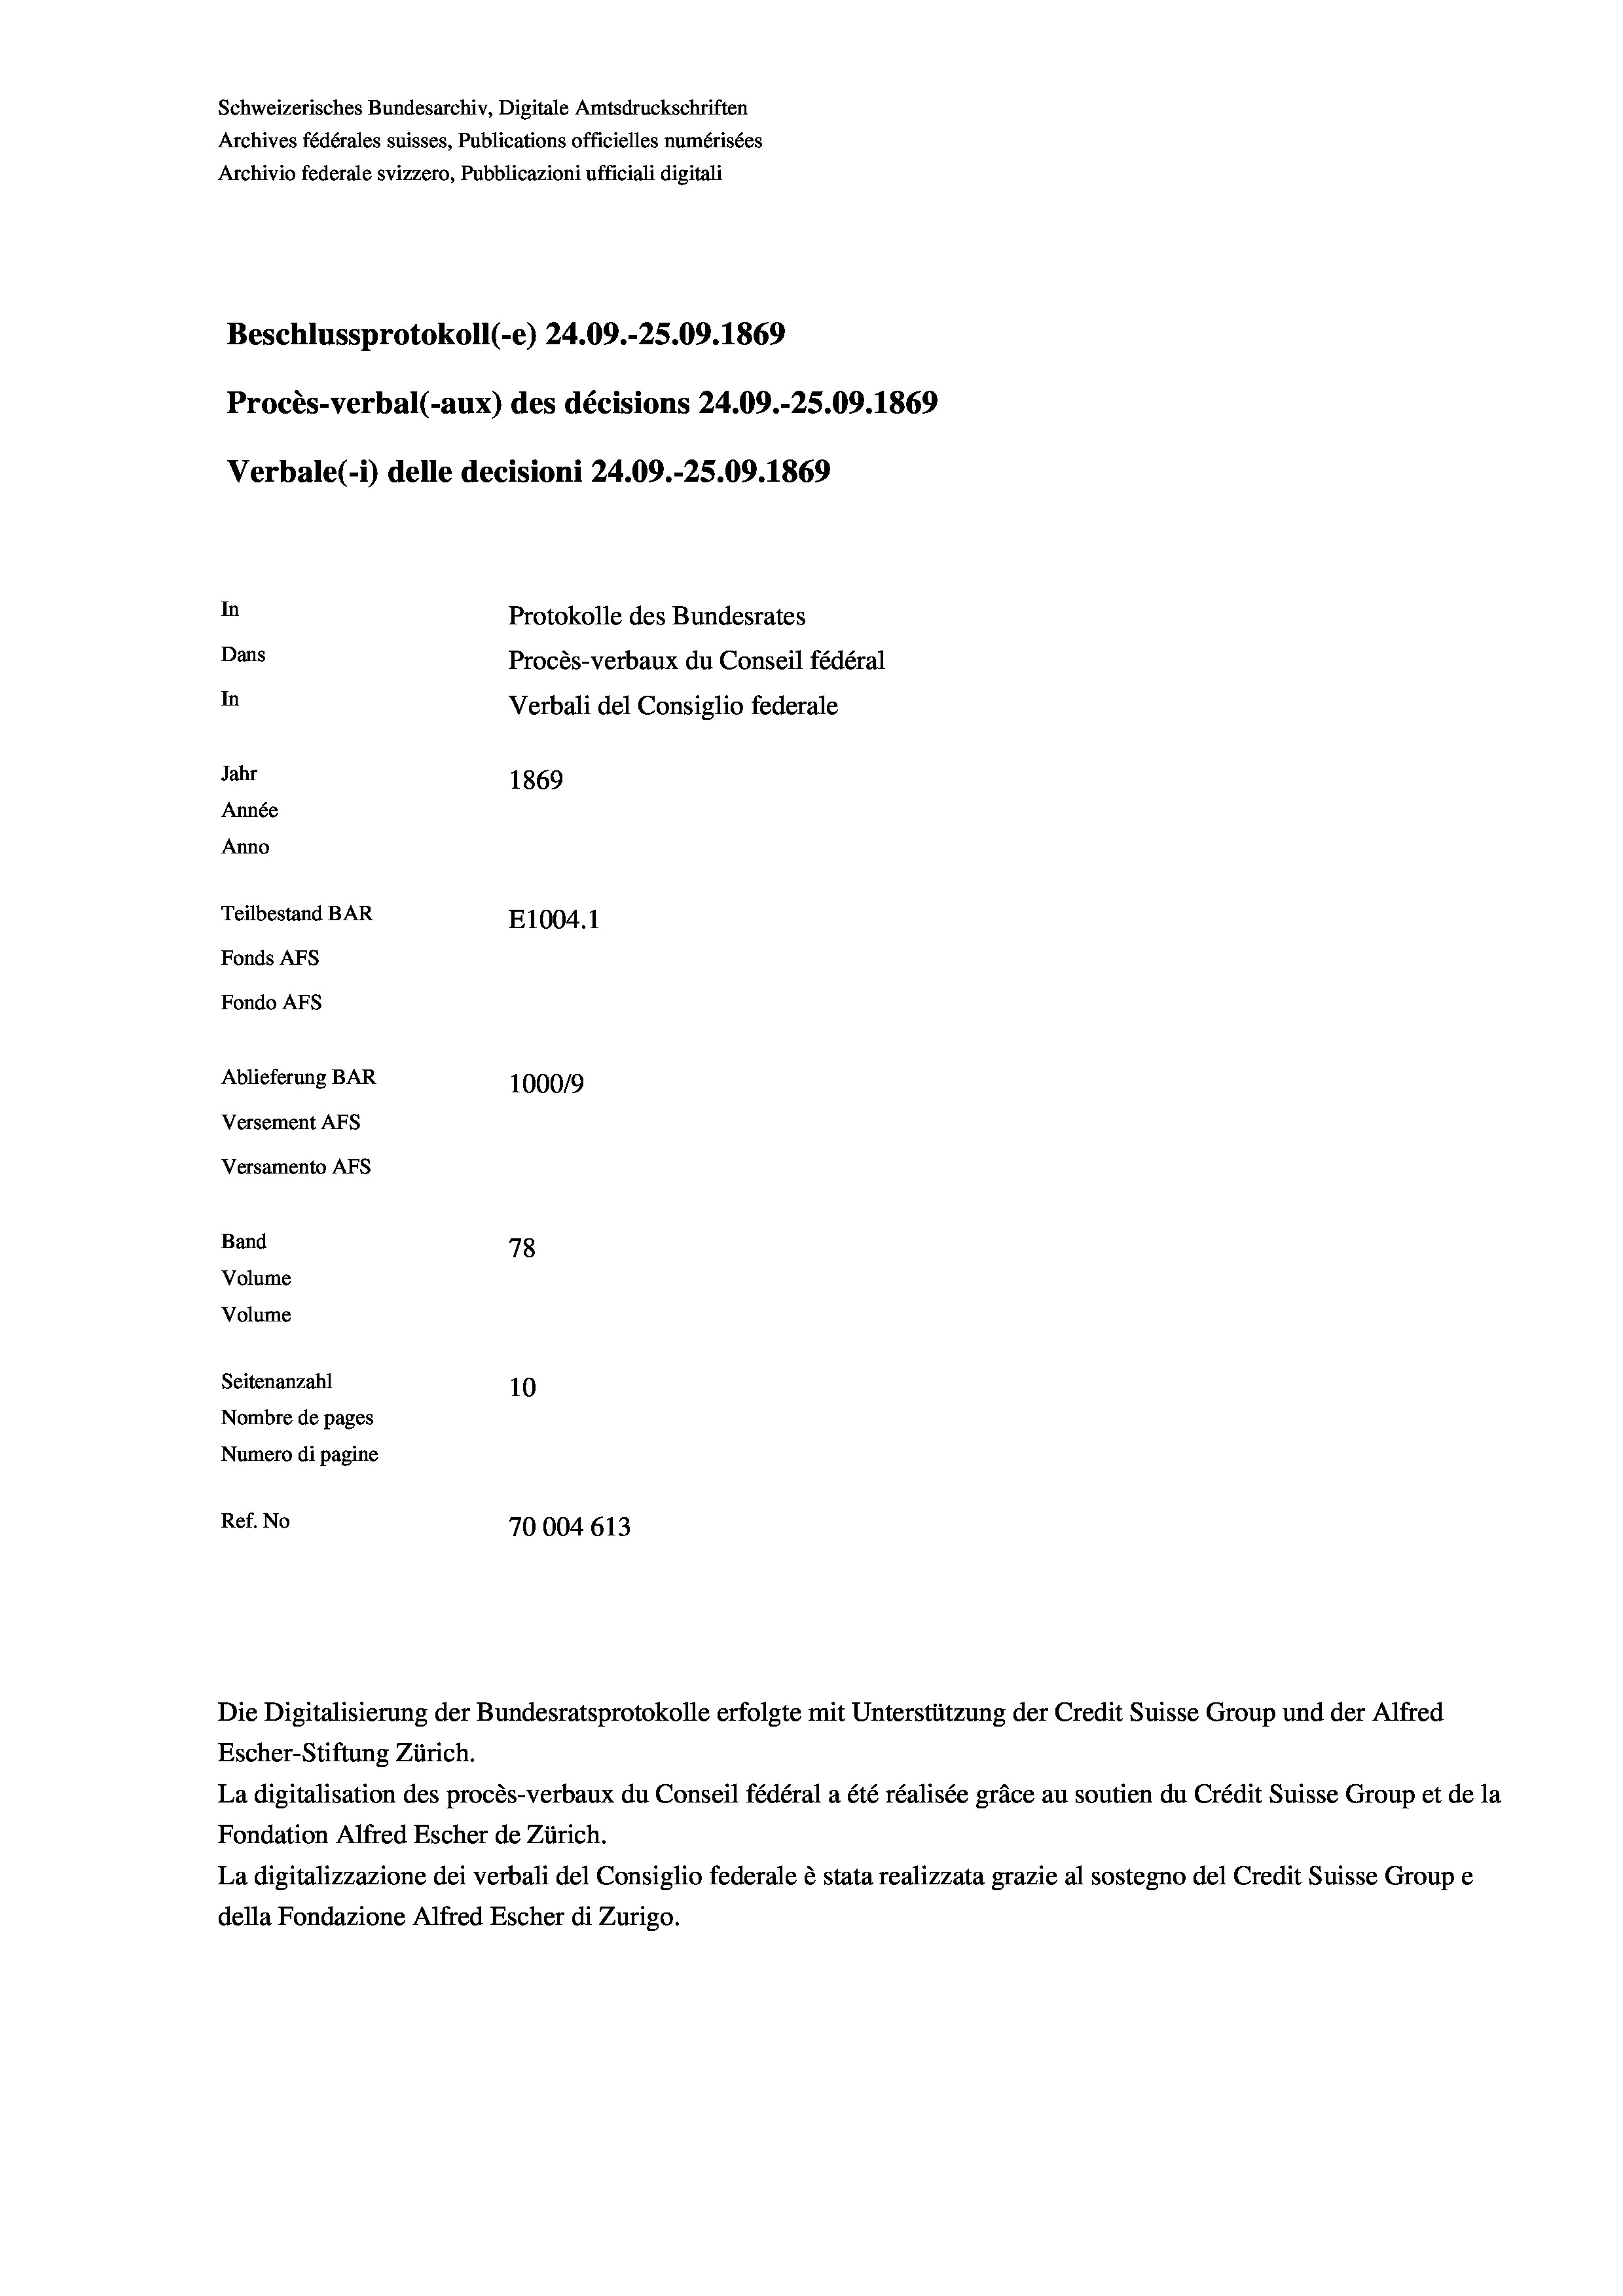
Schweizerisches Bundesarchiv, Digitale Amtsdruckschriften
Archives fédérales suisses, Publications officielles numérisées
Archivio federale svizzero, Pubblicazioni ufficiali digitali
Beschlussprotokoll (-e) 24.09.-25.09. 1869
Procès-verbal (-aux) des décisions 24.09.-25.09. 1869
Verbale (- 1) delle decisioni 24.09.-25.09. 1869
In
Protokolle des Bundesrates
Dans
Procès-verbaux du Conseil fédéral
In
Verbali del Consiglio federale
Jahr
1869
Année
Anno
Teilbestand BAR
E1004.1
Fonds AFs
Fondo Afs
Ablieferung BAR
100019
Versement Ans
Versamento Afs
Band
78
Volume
Volume
Seitenanzahl
10
Nombre de pages
Numero di pagine
Ref. No
70004 613

Escher-Stiftung Zürich.
La digitalisation des procès-verbaux du Conseil fédéral a été réalisée gräce au soutien du Crédit Suisse Group et de la
Fondation Alfred Escher de Zürich.
La digitalizzazione dei verbali del Consiglio federale è stata realizzata grazie al sostegno del Credit Suisse Groupe
della Fondazione Alfred Escher di Zurigo.

Die Digitalisierung der Bundesratsprotokolle erfolgte mit Unterstützung der Credit Suisse Group und der Alfred